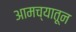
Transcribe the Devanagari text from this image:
आमच्यातून